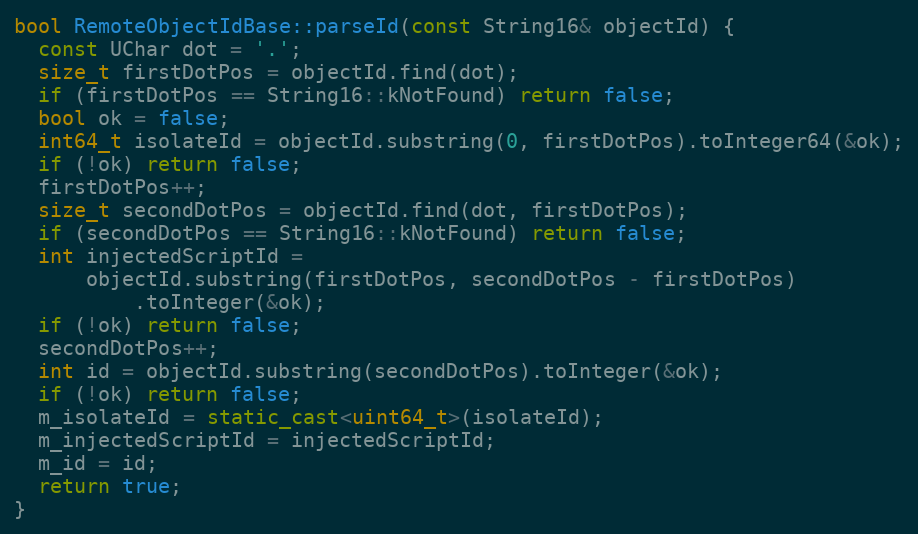
Language: C++
bool RemoteObjectIdBase::parseId(const String16& objectId) {
  const UChar dot = '.';
  size_t firstDotPos = objectId.find(dot);
  if (firstDotPos == String16::kNotFound) return false;
  bool ok = false;
  int64_t isolateId = objectId.substring(0, firstDotPos).toInteger64(&ok);
  if (!ok) return false;
  firstDotPos++;
  size_t secondDotPos = objectId.find(dot, firstDotPos);
  if (secondDotPos == String16::kNotFound) return false;
  int injectedScriptId =
      objectId.substring(firstDotPos, secondDotPos - firstDotPos)
          .toInteger(&ok);
  if (!ok) return false;
  secondDotPos++;
  int id = objectId.substring(secondDotPos).toInteger(&ok);
  if (!ok) return false;
  m_isolateId = static_cast<uint64_t>(isolateId);
  m_injectedScriptId = injectedScriptId;
  m_id = id;
  return true;
}